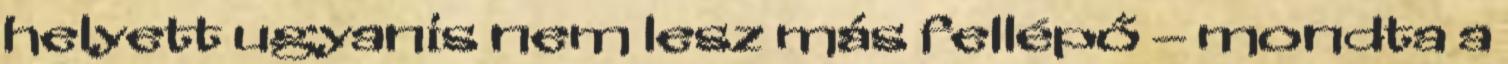
helyett ugyanis nem lesz más fellépő – mondta a